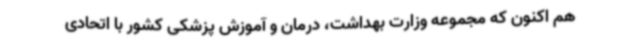
هم اکنون که مجموعه وزارت بهداشت، درمان و آموزش پزشکی کشور با اتحادی